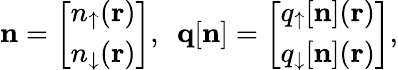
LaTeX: {\displaystyle{\mathbf n}=\left[\begin{array}{l}{n_{\uparrow}({\mathbf r})}\\ {n_{\downarrow}({\mathbf r})}\end{array}\right],~~{\mathbf q}[{\mathbf n}]=\left[\begin{array}{l}{q_{\uparrow}[{\mathbf n}]({\mathbf r})}\\ {q_{\downarrow}[{\mathbf n}]({\mathbf r})}\end{array}\right]},